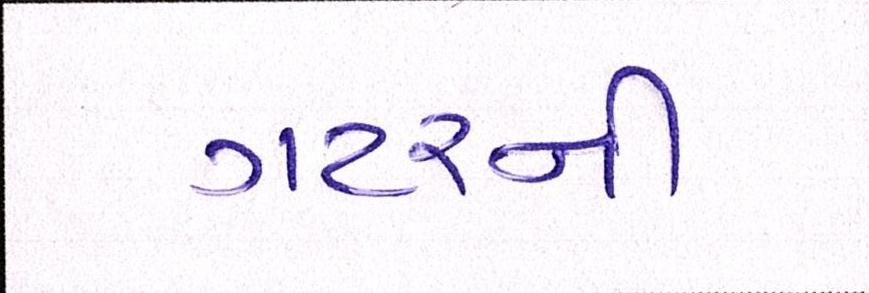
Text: ગટરની